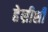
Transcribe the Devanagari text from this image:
हेन्रीशी